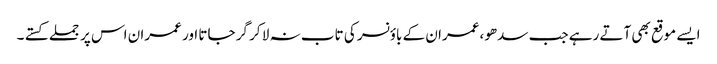
ایسے موقع بھی آتے رہے جب سدھو ،عمران کے باؤنسر کی تاب نہ لا کر گر جاتا اور عمران اس پر جملے کستے ۔